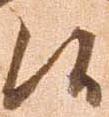
候